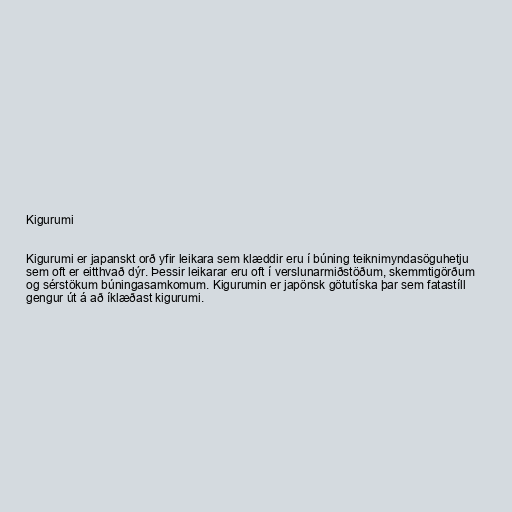
Kigurumi

Kigurumi er japanskt orð yfir leikara sem klæddir eru í búning teiknimyndasöguhetju
sem oft er eitthvað dýr. Þessir leikarar eru oft í verslunarmiðstöðum, skemmtigörðum
og sérstökum búningasamkomum. Kigurumin er japönsk götutíska þar sem fatastíll
gengur út á að íklæðast kigurumi.